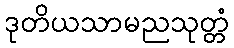
ဒုတိယသာမညသုတ္တံ